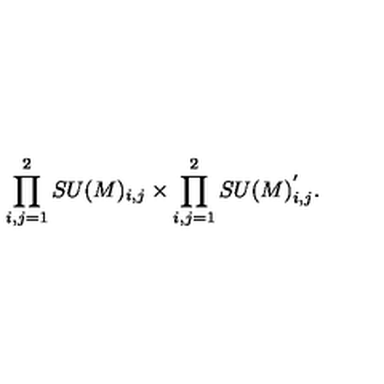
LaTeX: \prod _ { i , j = 1 } ^ { 2 } S U ( M ) _ { i , j } \times \prod _ { i , j = 1 } ^ { 2 } S U ( M ) _ { i , j } ^ { ' } .